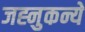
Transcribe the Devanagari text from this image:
जह्नुकन्ये